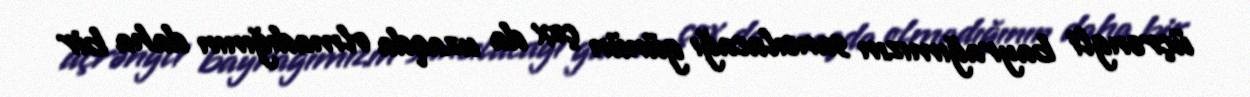
üçrəngli bayrağımızın sancılacağı günün çox da uzaqda olmadığının daha bir